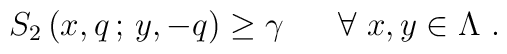
\left. S_{2} \, (x,q \, ; \, y,-q) \geq \gamma \ \ \ \ \ \forall \ x,y \in\Lambda \ . \right.